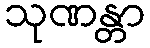
သုဏန္တာ